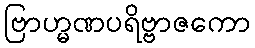
ဗြာဟ္မဏပရိဗ္ဗာဇကော